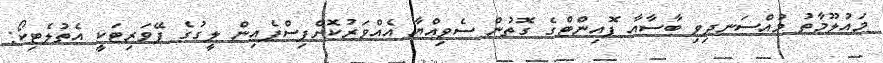
މައުލޫމާތު މުއްސަނދިވި ބާސާއާ ޕޮއިންޓްގެ ގޮތުން ސެވިއްޔާ އެއްވަރުކޮށްފިސްޕެއިން ލީގުގެ ފޭވަރިޓަކީ އެތުލެޓިކޯ: